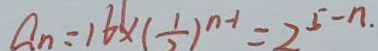
a _ { n } = 1 6 \times ( \frac { 1 } { 2 } ) ^ { n - 1 } = 2 ^ { 5 - n . }